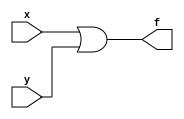
module OR(x,y,f);
input x,y;
output f;
assign f = x|y;
endmodule